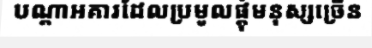
បណ្តាអគារដែលប្រមូលផ្តុំមនុស្សច្រើន